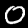
Label: 0